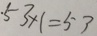
\cdot 5 3 \times 1 = 5 3